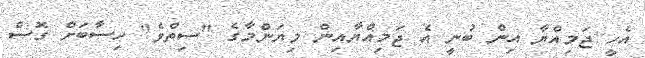
އެހީ ޖަމިއްޔާ އިން ބުނީ އެ ޖަމިއްޔާއިން މިޔަންމާގެ "ސިތްވެ" ހިސާބަށް ގޮސް